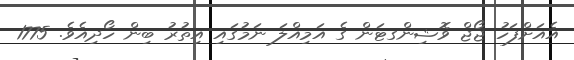
އެއަށްފަހު ޖޯޖް ވޮޝިންގޓަން ގެ އަމިއްލަ ނަމުގައި އިތުރު ބިން ހޯދިއެވެ. 1775